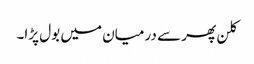
کلن پھر سے درمیان میں بول پڑا۔